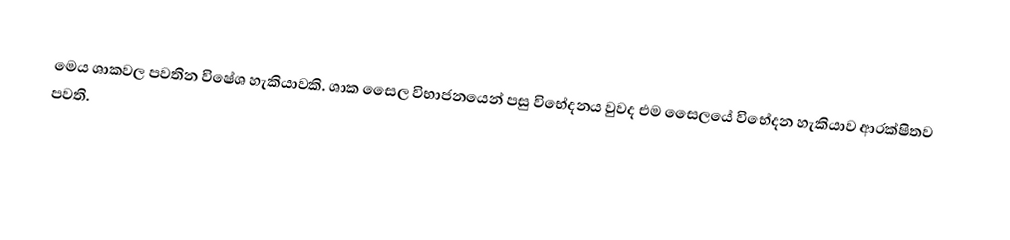
මෙය ශාකවල පවතින විෂේශ හැකියාවකි. ශාක සෛල විභාජනයෙන් පසු විභේදනය වුවද එම සෛලයේ විභේදන හැකියාව ආරක්ෂිතව පවති.